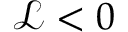
\mathcal { L } < 0